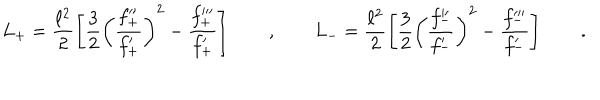
L _ { + } = \frac { \ell ^ { 2 } } 2 \left[ \frac 3 2 \left( \frac { f _ { + } ^ { \prime \prime } } { f _ { + } ^ { \prime } } \right) ^ { 2 } - \frac { f _ { + } ^ { \prime \prime \prime } } { f _ { + } ^ { \prime } } \right] \qquad , \qquad L _ { - } = \frac { \ell ^ { 2 } } 2 \left[ \frac 3 2 \left( \frac { f _ { - } ^ { \prime \prime } } { f _ { - } ^ { \prime } } \right) ^ { 2 } - \frac { f _ { - } ^ { \prime \prime \prime } } { f _ { - } ^ { \prime } } \right] \qquad .